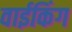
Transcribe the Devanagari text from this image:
वाईकिंग